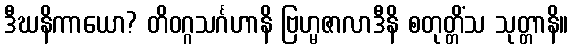
ဒီဃနိကာယော? တိဝဂ္ဂသင်္ဂဟာနိ ဗြဟ္မဇာလာဒီနိ စတုတ္တိံသ သုတ္တာနိ။